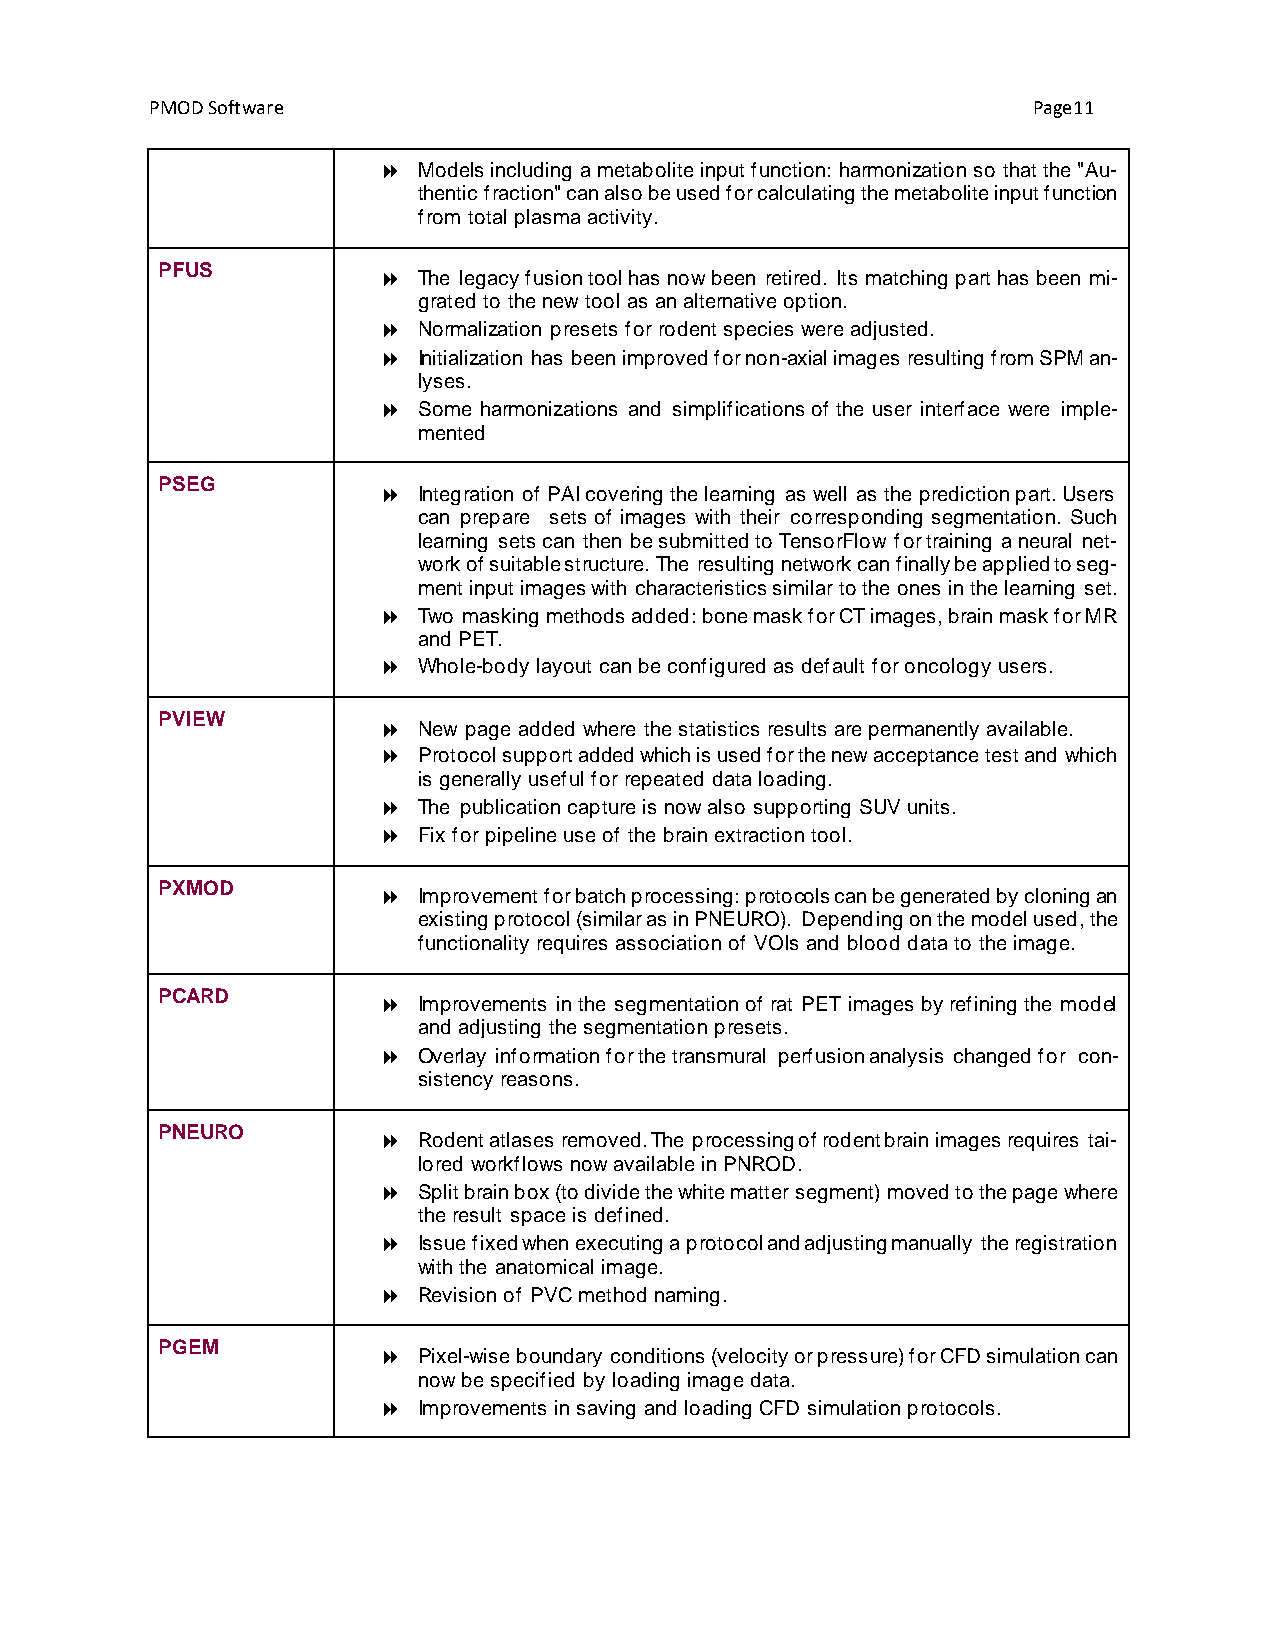
PMOD Software                                             Page11
   Models including a metabolite input function: harmonization so that the "Au-
 thentic fraction" can also be used for calculating the metabolite input function
 from total plasma activity.
 PFUS
   The legacy fusion tool has now been retired. Its matching part has been mi-
 grated to the new tool as an alternative option.
   Normalization presets for rodent species were adjusted.
   Initialization has been improved for non-axial images resulting from SPM an-
 lyses.
   Some harmonizations and simplifications of the user interface were imple-
 mented
 PSEG
   Integration of PAI covering the learning as well as the prediction part. Users
 can prepare sets of images with their corresponding segmentation. Such
 learning sets can then be submitted to TensorFlow for training a neural net-
 work of suitable structure. The resulting network can finally be applied to seg-
 ment input images with characteristics similar to the ones in the learning set.
   Two masking methods added: bone mask for CT images, brain mask for MR
 and PET.
   Whole-body layout can be configured as default for oncology users.
 PVIEW
   New page added where the statistics results are permanently available.
   Protocol support added which is used for the new acceptance test and which
 is generally useful for repeated data loading.
   The publication capture is now also supporting SUV units.
   Fix for pipeline use of the brain extraction tool.
 PXMOD
   Improvement for batch processing: protocols can be generated by cloning an
 existing protocol (similar as in PNEURO). Depending on the model used, the
 functionality requires association of VOIs and blood data to the image.
 PCARD
   Improvements in the segmentation of rat PET images by refining the model
 and adjusting the segmentation presets.
   Overlay information for the transmural perfusion analysis changed for con-
 sistency reasons.
 PNEURO
   Rodent atlases removed. The processing of rodent brain images requires tai-
 lored workflows now available in PNROD.
   Split brain box (to divide the white matter segment) moved to the page where
 the result space is defined.
   Issue fixed when executing a protocol and adjusting manually the registration
 with the anatomical image.
   Revision of PVC method naming.
 PGEM
   Pixel-wise boundary conditions (velocity or pressure) for CFD simulation can
 now be specified by loading image data.
   Improvements in saving and loading CFD simulation protocols.